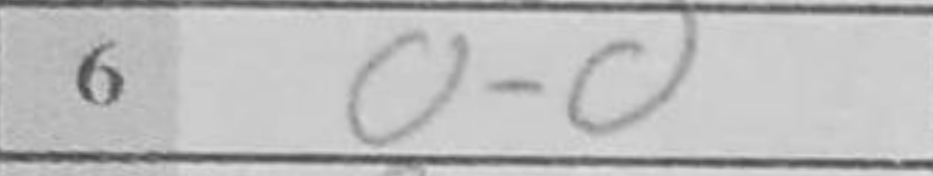
Transcription: O-O